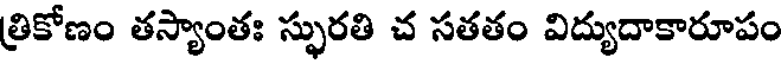
త్రికోణం తస్యాంతః స్ఫురతి చ సతతం విద్యుదాకారూపం